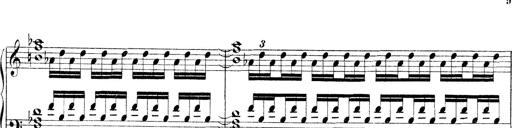
Title: Technische Studien
Composer: Franz Liszt